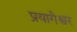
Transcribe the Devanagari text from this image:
प्रयागेश्वर